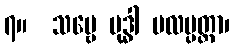
၇။  သဗ္ဗေ ဗုဒ္ဓါ ဗလပ္ပတ္တာ၊